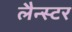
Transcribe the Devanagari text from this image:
लैन्स्टर